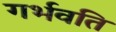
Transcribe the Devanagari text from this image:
गर्भवति